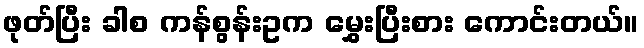
ဖုတ်ပြီး ခါစ ကန်စွန်းဥက မွှေးပြီးစား ကောင်းတယ်။